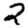
Digit: 2